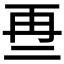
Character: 𱎒